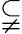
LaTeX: \subsetneqq